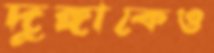
দুঙ্গাকেও